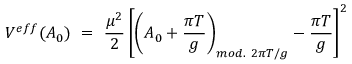
V ^ { e f f } ( A _ { 0 } ) \ = \ \frac { \mu ^ { 2 } } { 2 } \left[ \left( A _ { 0 } + \frac { \pi T } { g } \right) _ { m o d . { } ~ 2 \pi T / g } - \frac { \pi T } { g } \right] ^ { 2 }